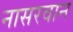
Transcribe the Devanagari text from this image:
नासरवान